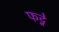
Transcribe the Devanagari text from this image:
फट्ने